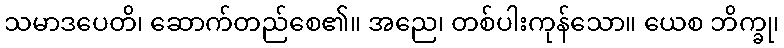
သမာဒပေတိ၊ ဆောက်တည်စေ၏။ အညေ၊ တစ်ပါးကုန်သော။ ယေစ ဘိက္ခု၊